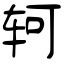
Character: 轲